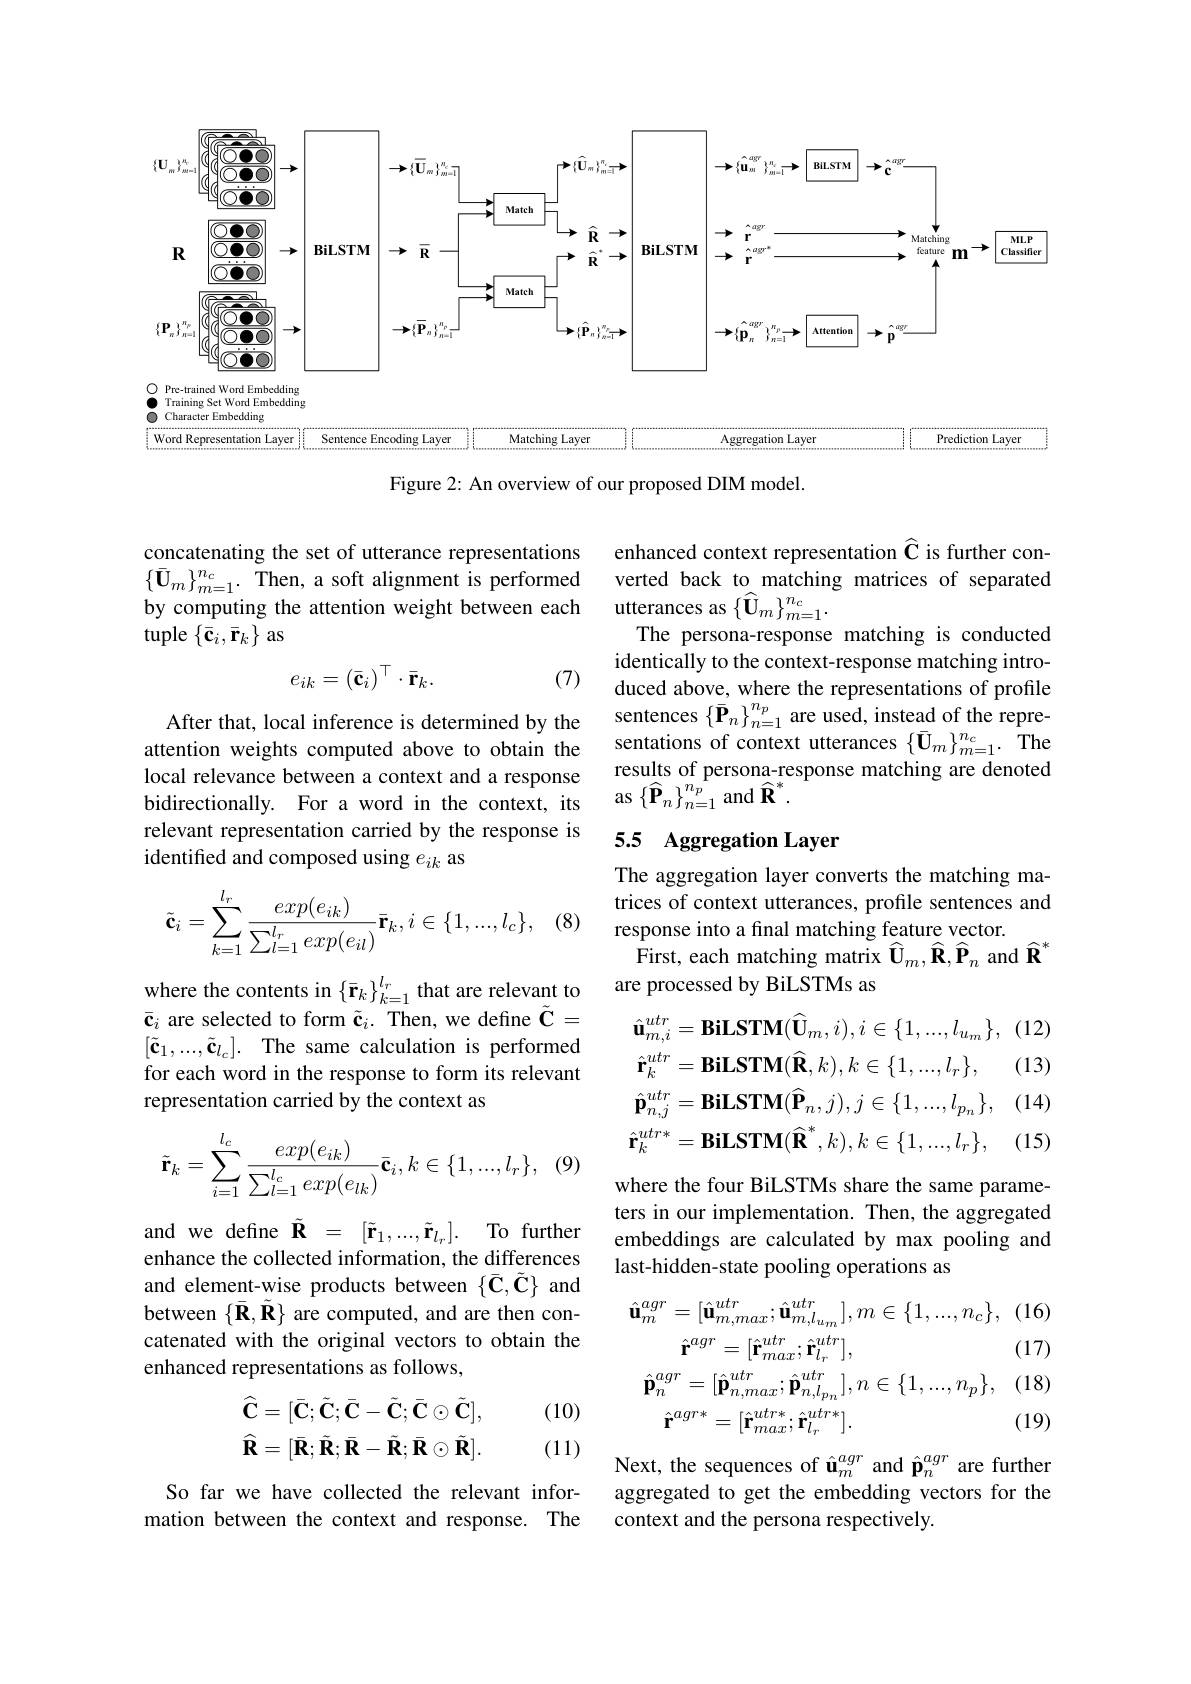
<FigureHere>

Figure 2: An overview of our proposed DIM model.

concatenating the set of utterance representations $\{\bar{\mathbf{U}}_{m}\}_{m=1}^{n_{c}}.$ Then, a soft alignment is performed by computing the attention weight between each $\operatorname{tuple}\left\{\bar{\mathbf{c}}_{i},\bar{\mathbf{r}}_{k}\right\}$as
$$e_{ik}=(\bar{\mathbf{c}}_i)^\top\cdot\bar{\mathbf{r}}_k.$$
(7)

After that, local inference is determined by the attention weights computed above to obtain the local relevance between a context and a response bidirectionally. For a word in the context, its relevant representation carried by the response is identified and composed using $e_{ik}$ as
$$\tilde{\mathbf{c}}_i=\sum\limits_{k=1}^{l_r}\frac{exp(e_{ik})}{\sum\limits_{l=1}^{l_r}exp(e_{il})}\bar{\mathbf{r}}_k,i\in\{1,...,l_c\},$$
(8)

where the contents in $\{\bar{\mathbf{r}}_k\}_{k=1}^{l_r}$ that are relevant to $\bar{\mathbf{c}}_{i}$ are selected to form $\tilde{\mathbf{c}}_i.$ Then, we define $\tilde{\mathbf{C}}=$ $[\tilde{\mathbf{c}}_1,...,\tilde{\mathbf{c}}_{l_c}].$ The same calculation is performed for each word in the response to form its relevant representation carried by the context as

(9
$$\tilde{\mathbf{r}}_k=\sum\limits_{i=1}^{l_c}\frac{exp(e_{ik})}{\sum\limits_{l=1}^{l_c}exp(e_{lk})}\bar{\mathbf{c}}_i,k\in\{1,...,l_r\},$$
and we define $\tilde{\mathbf{R}}=[\tilde{\mathbf{r}}_1,...,\tilde{\mathbf{r}}_{l_r}].$ To further enhance the collected information, the differences and element-wise products between $\{\bar{\mathbf{C}},\tilde{\mathbf{C}}\}$ and between $\{\bar{\mathbf{R}},\tilde{\mathbf{R}}\}$ are computed, and are then concatenated with the original vectors to obtain the enhanced representations as follows,

(10)
$$\widehat{\mathbf{C}}=[\bar{\mathbf{C}};\tilde{\mathbf{C}};\bar{\mathbf{C}}-\tilde{\mathbf{C}};\bar{\mathbf{C}}\odot\tilde{\mathbf{C}}],\\\widehat{\mathbf{R}}=[\bar{\mathbf{R}};\tilde{\mathbf{R}};\bar{\mathbf{R}}-\tilde{\mathbf{R}};\bar{\mathbf{R}}\odot\tilde{\mathbf{R}}].$$
(11)

So far we have collected the relevant information between the context and response. The

enhanced context representation $\widehat{\mathbf{C}}$ is further converted back to matching matrices of separated utterances as $\{\widehat{\mathbf{U}}_m\}_{m=1}^{n_c}.$
The persona-response matching is conducted identically to the context-response matching introduced above, where the representations of profile sentences $\left\{\bar{\mathbf{P}}_n\right\}_{n=1}^{n_p}$ are used, instead of the representations of context utterances $\{\bar{\mathbf{U}}_m\}_{m=1}^{n_c}.$ The results of persona-response matching are denoted $\operatorname{as}\left\{\widehat{\mathbf{P}}_{n}\right\}_{n=1}^{n_{p}}$and$\widehat{\mathbf{R}}^{*}.$

## 5.5 Aggregation Layer

The aggregation layer converts the matching matrices of context utterances, profile sentences and response into a final matching feature vector.
${\overset{\cdot}{\operatorname*{\operatorname*{First,~each~matching~matrix~}}}}{\overset{\cdot}{\operatorname*{\operatorname*{U}}}}_{m},{\widehat{\mathbf{R}}},{\widehat{\mathbf{P}}}_{n}$ and ${\widehat{\mathbf{R}}}^{*}$
are processed by BiLSTMs as
$$\hat{\mathbf{u}}_{m,i}^{utr}=\mathbf{BiLSTM}(\widehat{\mathbf{U}}_{m},i),i\in\{1,...,l_{u_{m}}\},\\\hat{\mathbf{r}}_{k}^{utr}=\mathbf{BiLSTM}(\widehat{\mathbf{R}},k),k\in\{1,...,l_{r}\},\\\hat{\mathbf{p}}_{n,j}^{utr}=\mathbf{BiLSTM}(\widehat{\mathbf{P}}_{n},j),j\in\{1,...,l_{p_{n}}\},\\\hat{\mathbf{r}}_{k}^{utr*}=\mathbf{BiLSTM}(\widehat{\mathbf{R}}^{*},k),k\in\{1,...,l_{r}\},$$
where the four BiLSTMs share the same parameters in our implementation. Then, the aggregated embeddings are calculated by max pooling and last-hidden-state pooling operations as
$$\begin{aligned}\hat{\mathbf{u}}_{m}^{agr}&=[\hat{\mathbf{u}}_{m,max}^{utr};\hat{\mathbf{u}}_{m,l_{u_{m}}}^{utr}],m\in\{1,...,n_{c}\},\\&\hat{\mathbf{r}}^{agr}=[\hat{\mathbf{r}}_{max}^{utr};\hat{\mathbf{r}}_{l_{r}}^{utr}],\\\hat{\mathbf{p}}_{n}^{agr}&=[\hat{\mathbf{p}}_{n,max}^{utr};\hat{\mathbf{p}}_{n,l_{p_{n}}}^{utr}],n\in\{1,...,n_{p}\},\\&\hat{\mathbf{r}}^{agr*}=[\hat{\mathbf{r}}_{max}^{utr*};\hat{\mathbf{r}}_{l_{r}}^{utr*}].\end{aligned}$$
(19)

Next, the sequences of $\hat{\mathbf{u}}_m^{agr}$ and $\hat{\mathbf{p}}_n^{agr}$ are further aggregated to get the embedding vectors for the context and the persona respectively.